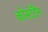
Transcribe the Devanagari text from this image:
कोंस्टेंटैन